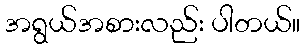
အရွယ်အစားလည်း ပါတယ်။